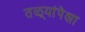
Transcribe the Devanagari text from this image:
तळ्यांपेक्षा